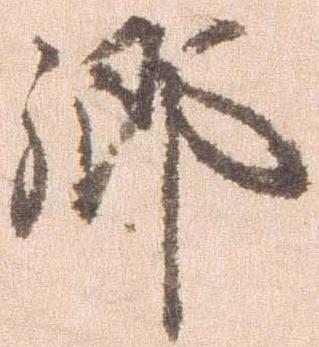
郷